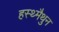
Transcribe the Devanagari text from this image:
हस्थ्मैथुन